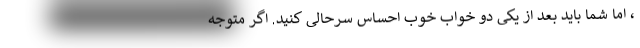
، اما شما باید بعد از یکی دو خواب خوب احساس سرحالی کنید. اگر متوجه